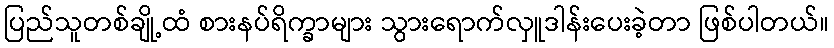
ပြည်သူတစ်ချို့ထံ စားနပ်ရိက္ခာများ သွားရောက်လှူဒါန်းပေးခဲ့တာ ဖြစ်ပါတယ်။